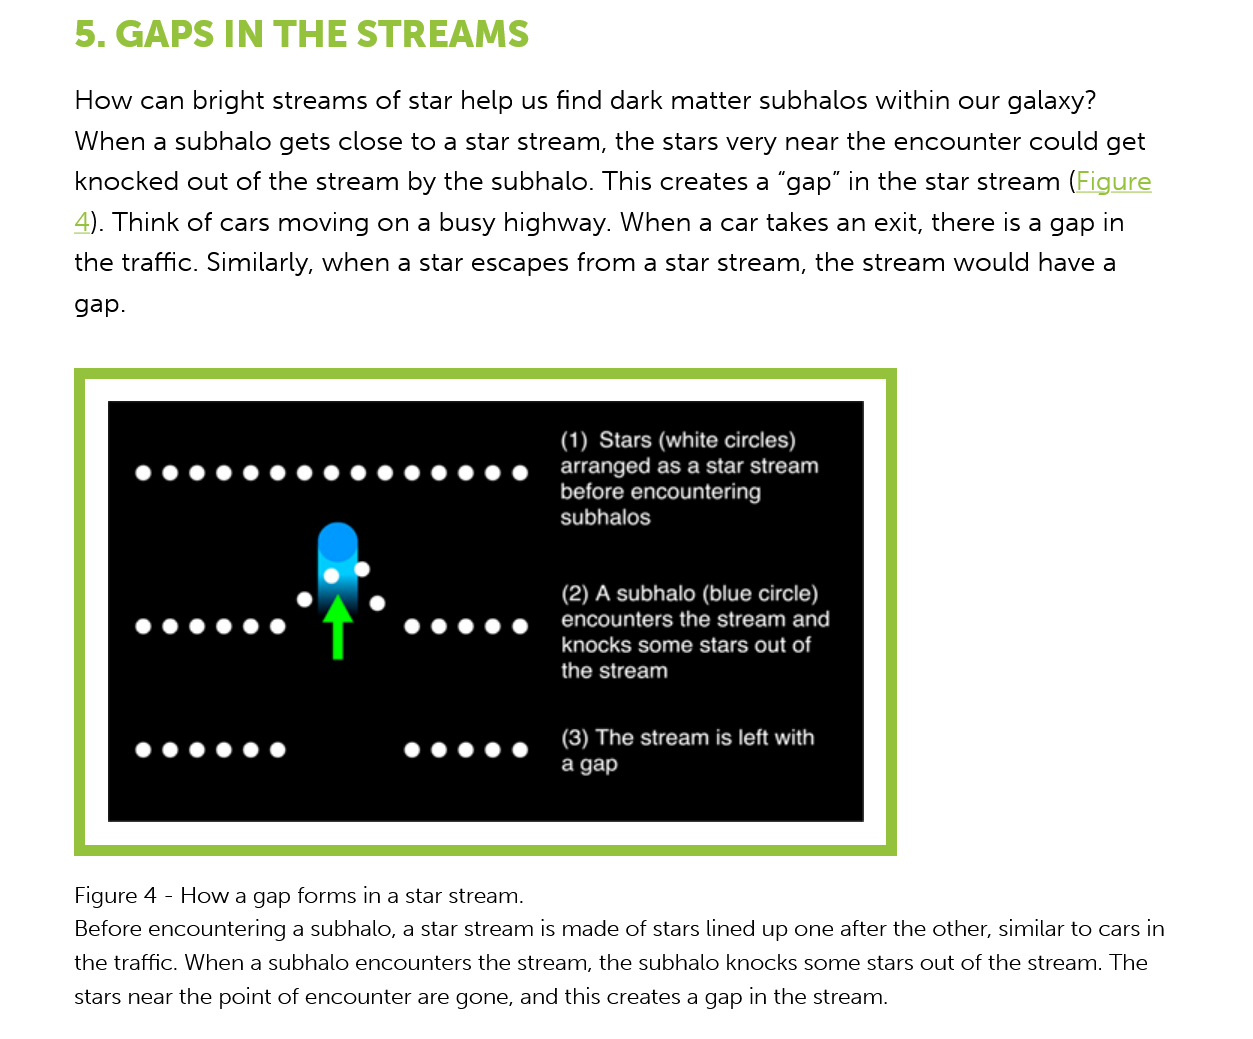
5. GAPS    IN  THE    STREAMS
     How can bright  streams  of star help us find dark matter subhalos within our galaxy?
     When a  subhalo  gets close to a star stream, the stars very near the encounter could get
     knocked  out of the stream by the subhalo. This creates a “gap” in the star stream (Figure
     4). Think of cars moving on a busy highway.  When a  car takes an exit, there is a gap in
     the traffic. Similarly, when a star escapes from a star stream, the stream would have a
     gap.
     (1) Stars (white circles)
     TOO UREEOOEE    EE  SD   OD Meco    cs
     before encountering
     subhalos
     e    e
     (2) A subhalo (blue circle)
     ree)    Cleo Cem  UR    LE: Le)
     knocks some stars out of
     the stream
     (3) The stream is left with
     agap
     Figure 4
     -
     How a gap forms in
     a
     star stream.
     Before encountering a subhalo, a star stream is made of stars lined up one after the other, similar to cars in
     the traffic. When a subhalo encounters the stream, the subhalo knocks some stars out of the stream. The
     stars near the point of encounter are gone, and this creates a gap in the stream.